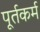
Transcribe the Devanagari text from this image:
पूर्तकर्म